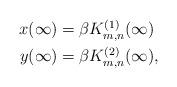
LaTeX: \begin{align*}\begin{aligned}x(\infty) &= \beta K_{m,n}^{(1)}(\infty) \\y(\infty) &= \beta K_{m,n}^{(2)}(\infty),\end{aligned}\end{align*}